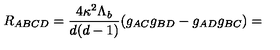
R _ { A B C D } = \frac { 4 \kappa ^ { 2 } \Lambda _ { b } } { d ( d - 1 ) } ( g _ { A C } g _ { B D } - g _ { A D } g _ { B C } ) =